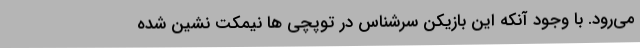
می‌رود. با وجود آنکه این بازیکن سرشناس در توپچی ها نیمکت نشین شده